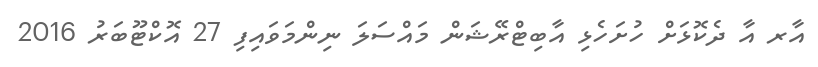
އާރ އާ ދެކޮޅަށް ހުށަހެޅި އާބިޓްރޭޝަން މައްސަލަ ނިންމަވައިފި 27 އޮކްޓޫބަރު 2016